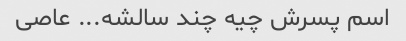
اسم پسرش چیه چند سالشه... عاصی